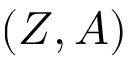
( Z , A )